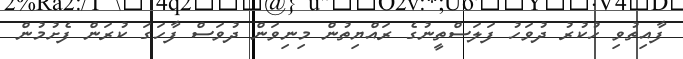
ފާއިތުވި ހުކުރު ދުވަހު ފަލަސްތީނުގެ ރައްޔިތުން މިނިވަން ދުވަސް ފާހަގަ ކުުރަން ފެށުމުން